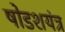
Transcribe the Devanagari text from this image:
षोडशयंत्र